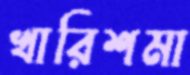
খারিশমা